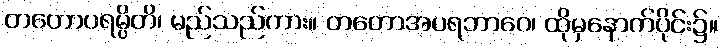
တတောပရမ္ပိတိ၊ မည်သည်ကား။ တတောအပရဘာဂေ၊ ထိုမှနောက်ပိုင်း၌။